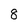
Character: 8